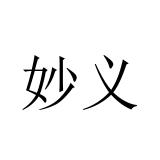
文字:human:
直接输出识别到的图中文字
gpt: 妙义